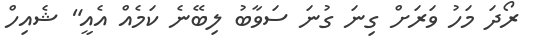
ރޯދަ މަހު ވަރަށް ގިނަ ގުނަ ސަވާބު ލިބޭނެ ކަމެއް އެއީ" ޝެއިހް